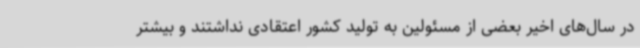
در سال‌های اخیر بعضی از مسئولین به تولید کشور اعتقادی نداشتند و بیشتر